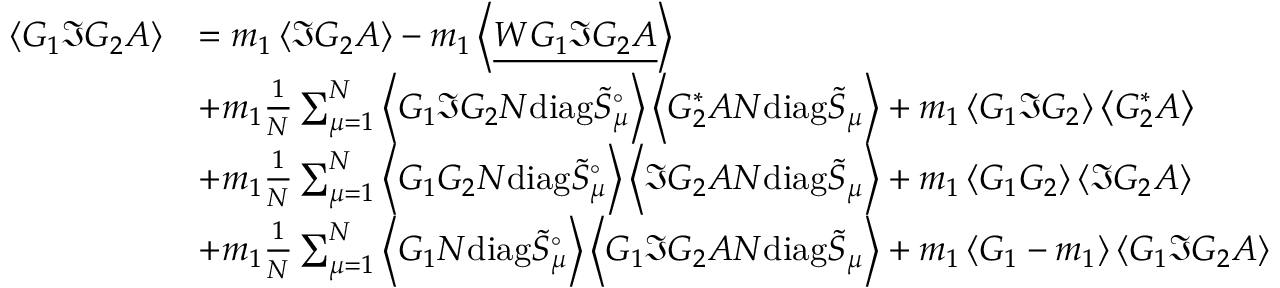
\begin{array} { r l } { \left\langle { G _ { 1 } \Im G _ { 2 } A } \right\rangle } & { = m _ { 1 } \left\langle { \Im G _ { 2 } A } \right\rangle - m _ { 1 } \left\langle { \underline { { W G _ { 1 } \Im G _ { 2 } A } } } \right\rangle } \\ & { + m _ { 1 } \frac { 1 } { N } \sum _ { \mu = 1 } ^ { N } \left\langle { G _ { 1 } \Im G _ { 2 } N \mathrm { d i a g } \tilde { S } _ { \mu } ^ { \circ } } \right\rangle \left\langle { G _ { 2 } ^ { * } A N \mathrm { d i a g } \tilde { S } _ { \mu } } \right\rangle + m _ { 1 } \left\langle { G _ { 1 } \Im G _ { 2 } } \right\rangle \left\langle { G _ { 2 } ^ { * } A } \right\rangle } \\ & { + m _ { 1 } \frac { 1 } { N } \sum _ { \mu = 1 } ^ { N } \left\langle { G _ { 1 } G _ { 2 } N \mathrm { d i a g } \tilde { S } _ { \mu } ^ { \circ } } \right\rangle \left\langle { \Im G _ { 2 } A N \mathrm { d i a g } \tilde { S } _ { \mu } } \right\rangle + m _ { 1 } \left\langle { G _ { 1 } G _ { 2 } } \right\rangle \left\langle { \Im G _ { 2 } A } \right\rangle } \\ & { + m _ { 1 } \frac { 1 } { N } \sum _ { \mu = 1 } ^ { N } \left\langle { G _ { 1 } N \mathrm { d i a g } \tilde { S } _ { \mu } ^ { \circ } } \right\rangle \left\langle { G _ { 1 } \Im G _ { 2 } A N \mathrm { d i a g } \tilde { S } _ { \mu } } \right\rangle + m _ { 1 } \left\langle { G _ { 1 } - m _ { 1 } } \right\rangle \left\langle { G _ { 1 } \Im G _ { 2 } A } \right\rangle } \end{array}